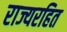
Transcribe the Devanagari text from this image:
राज्यरहित